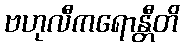
ဗဟုလီကရောန္တီတိ